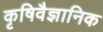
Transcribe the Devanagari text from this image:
कृषिवैज्ञानिक